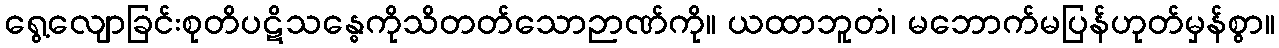
ရွေ့လျောခြင်းစုတိပဋိသန္ဓေကိုသိတတ်သောဉာဏ်ကို။ ယထာဘူတံ၊ မဘောက်မပြန်ဟုတ်မှန်စွာ။